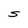
Character: S